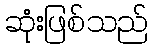
ဆုံးဖြစ်သည်